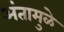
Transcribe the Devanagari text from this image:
अंतामुळे